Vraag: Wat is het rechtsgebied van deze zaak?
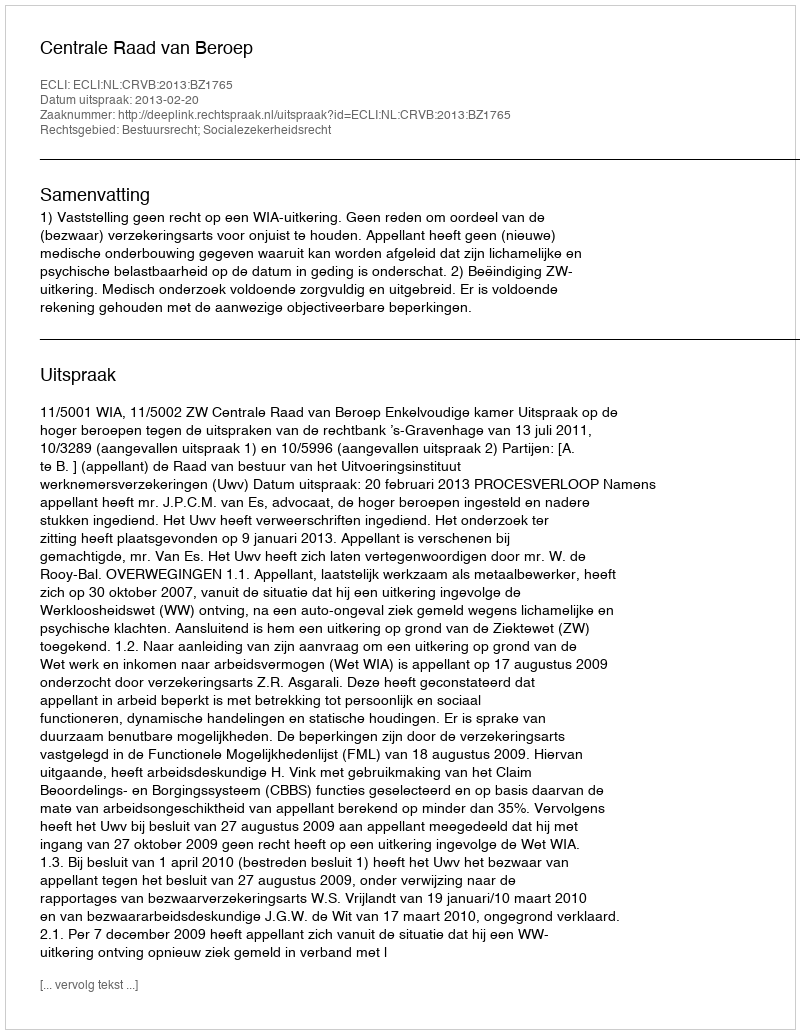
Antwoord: Bestuursrecht; Socialezekerheidsrecht